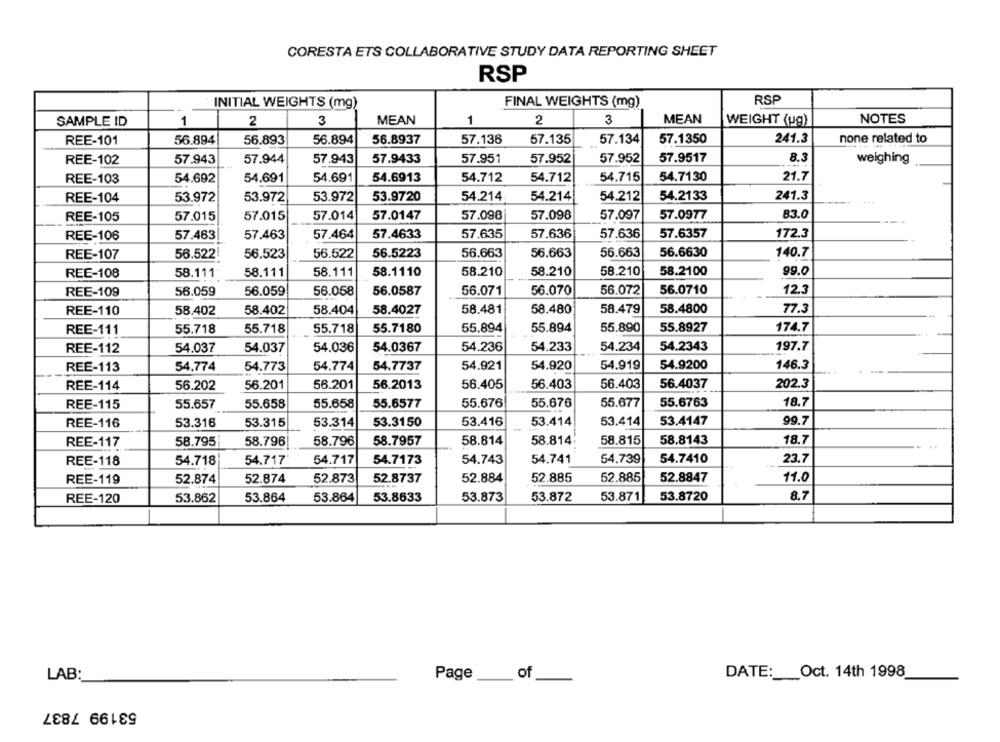
CORESTA ETS COLLABORATIVE STUDY DATA REPORTING SHEET
RSP
INITIAL WEIGHTS (mg)
FINAL WEIGHTS (mg)
RSP
MEAN
NOTES
SAMPLE ID
1
2
3
MEAN
1
2
3
WEIGHT (ug)
REE-101
56.894
56.893
56.894
56.8937
57.136
57.135
57.134
57.1350
241.3
none related to
REE-102
57.943
57.944
57.943
57.9433
57.951
57.952
57.952
57.9517
8.3
weighing
54.692
54.691
54.691
54.6913
54.712
54.712
54.715
54.7130
21.7
REE-103
REE-104
53.972
53.972
53.972
53.9720
54.214
54.214
54.212
54.2133
241.3
57.014
57.0147
57.098
57.098
57.097
57.0977
83.0
REE-105
57.015
57.015
REE-106
57.463
57.463
57.464
57.4633
57.635
57.636
57.636
57.6357
172.3
56.5223
56.663
56.663
56.6630
REE-107
56.522!
56.523
56.522
56.663
140.7
REE-108
58.111
58.111
58.111
58.1110
58.210
58.210
58.210
58.2100
99.0
12.3
REE-109
56.059
56.059
56.058
56.0587
56.071
56.070
56.072
56.0710
REE-110
58.402
58.402
58.404
58.4027
58.481
58.480
58.479
58.4800
77.3
REE-111
55.718
55.718
55.718
55.7180
55.894
55.894
55.890
55.8927
174.7
54.037
54.037
54.036
54.0367
54.236
54.233
54.234
54.2343
197.7
REE-112
REE-113
54.774
54.773
54.774
54.7737
54.921
54.920
54.919
54.9200
146.3
REE-114
56.202
56.201
56.201
56.2013
56.405
56.403
56.403
56.4037
202.3
REE-115
55.657
55.658
55.658
55.6577
55.676
55.676
55.677
55.6763
18.7
REE-116
53.316
53.315
53.314
53.3150
53.416
53.414
53.414
53.4147
99.7
REE-117
58.795
58.796
58.796
58.7957
58.814
58.814
58.815
58.8143
18.7
REE-118
54.718
54.717
54.717
54.7173
54.743
54.741
54.739
54.7410
23.7
REE-119
52.874
52.874
52.873
52.8737
52.884
52.885
52.885
52.8847
11.0
53.864
53.864
53.8633
53.873
53.872
53.871
53.8720
8.7
REE-120
53.862
LAB:
Page
of
DATE :__ Oct. 14th 1998
53199 7837